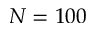
N = 1 0 0